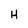
Character: H